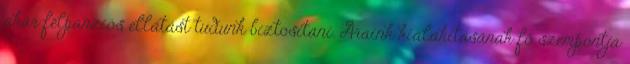
akár félpanziós ellátást tudunk biztosítani. Áraink kialakításának fő szempontja